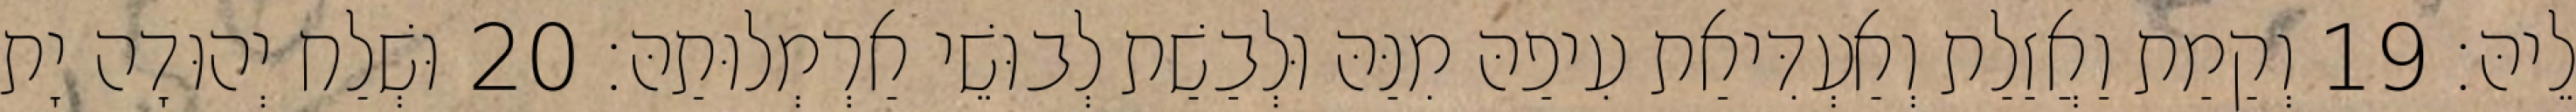
לֵיהּ׃ 19 וְקַמַת וַאֲזַלַת וְאַעְדִּיאַת עִיפַהּ מִנַּהּ וּלְבַשַׁת לְבוּשֵׁי אַרְמְלוּתַהּ׃ 20 וּשְׁלַח יְהוּדָה יָת